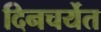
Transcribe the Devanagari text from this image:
दिनचर्येत